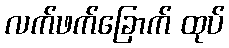
လက်ဖက်ခြောက် ထုပ်